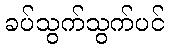
ခပ်သွက်သွက်ပင်